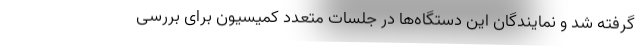
گرفته شد و نمایندگان این دستگاه‌ها در جلسات متعدد کمیسیون برای بررسی